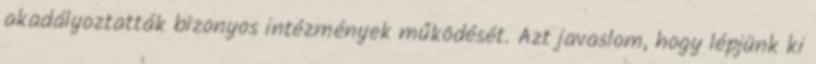
akadályoztatták bizonyos intézmények működését. Azt javaslom, hogy lépjünk ki